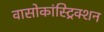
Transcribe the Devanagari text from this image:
वासोकांस्ट्रिक्शन